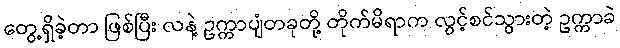
တွေ့ရှိခဲ့တာ ဖြစ်ပြီး လနဲ့ ဥက္ကာပျံတခုတို့ တိုက်မိရာက လွင့်စင်သွားတဲ့ ဥက္ကာခဲ